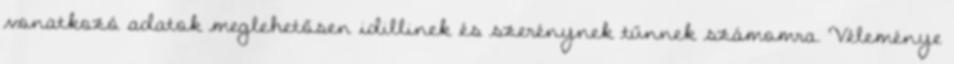
vonatkozó adatok meglehetősen idillinek és szerénynek tűnnek számomra. Véleménye